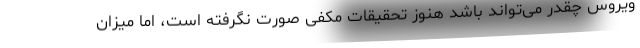
ویروس چقدر می‌تواند باشد هنوز تحقیقات مکفی صورت نگرفته است، اما میزان